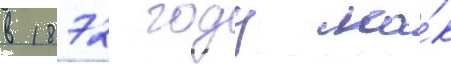
в 1872 году ка́к